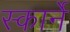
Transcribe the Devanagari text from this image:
स्कार्ने